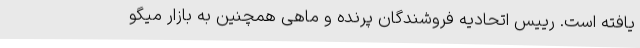
یافته است. رییس اتحادیه فروشندگان پرنده و ماهی همچنین به بازار میگو